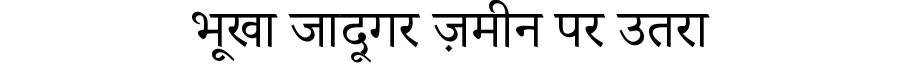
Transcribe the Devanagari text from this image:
भूखा जादूगर ज़मीन पर उतरा